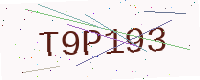
Text: T9P193